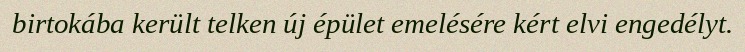
birtokába került telken új épület emelésére kért elvi engedélyt.